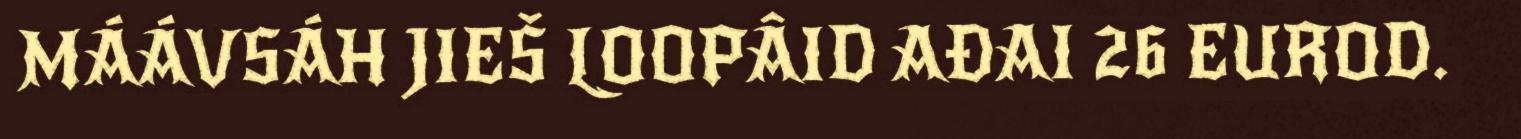
MÁÁVSÁH JIEŠ LOOPÂID AĐAI 26 EUROD.